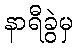
နာရီခွဲမှ